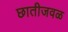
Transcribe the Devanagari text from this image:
छातीजवळ